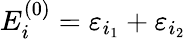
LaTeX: E_{i}^{(0)}=\varepsilon_{i_{1}}+\varepsilon_{i_{2}}